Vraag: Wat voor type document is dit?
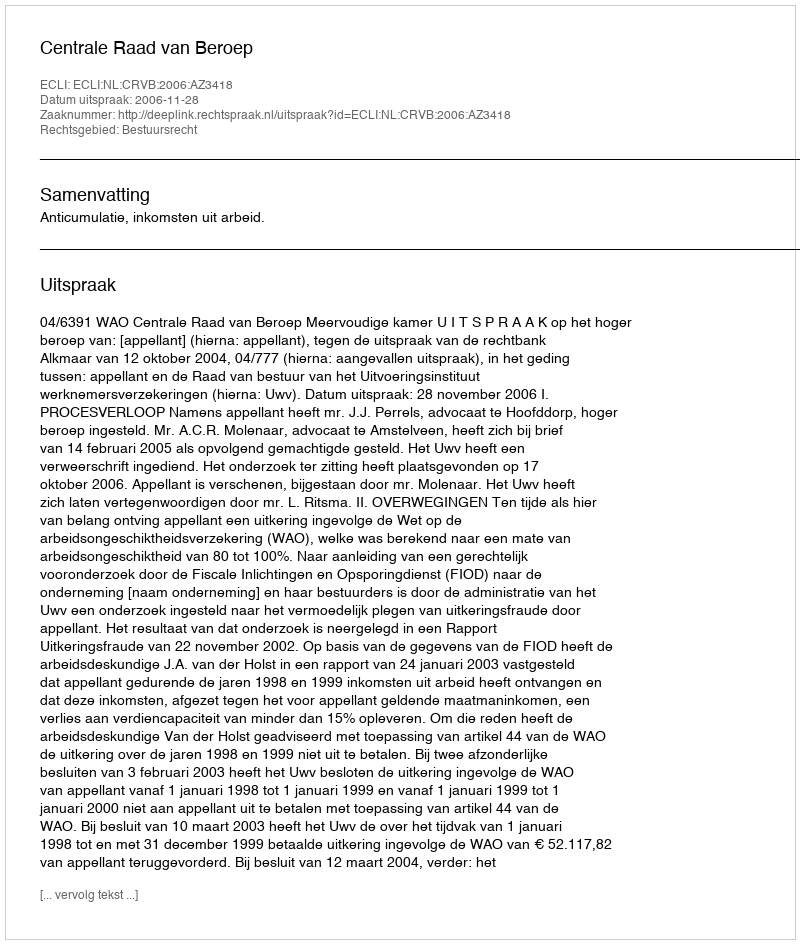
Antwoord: Uitspraak